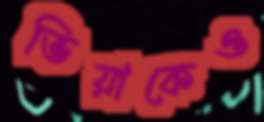
ভিয়াকেও